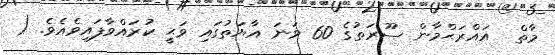
މާތް  އައްރަޙްމާން ސޫރަތުގެ 60 ވަނަ އާޔަތުގައި ވަޙީ ކުރައްވާފައިވެއެވެ. (